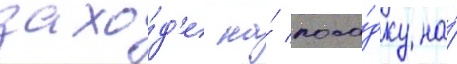
захо́д'е на́ поса́дку на́